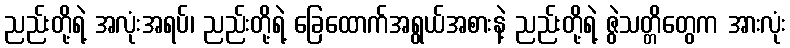
ညည်းတို့ရဲ့ အလုံးအရပ်၊ ညည်းတို့ရဲ့ ခြေထောက်အရွယ်အစားနဲ့ ညည်းတို့ရဲ့ ဇွဲသတ္တိတွေက အားလုံး